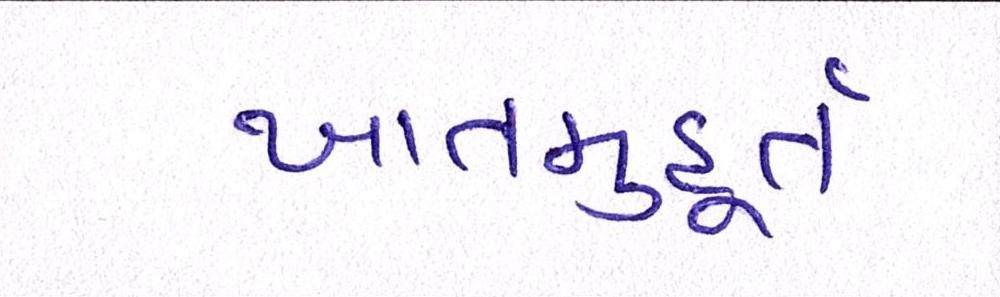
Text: ખાતમુહૂર્ત